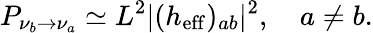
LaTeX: P_{\nu_{b}\rightarrow\nu_{a}}\simeq L^{2}|(h_{\mathrm{eff}})_{ab}|^{2},\quad a\neq b.